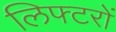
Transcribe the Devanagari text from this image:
लिफ्टरों